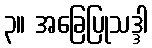
၃။ အခြေပြုသဒ္ဒါ